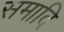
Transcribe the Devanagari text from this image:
समादि